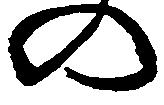
の